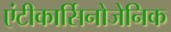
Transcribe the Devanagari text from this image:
एंटीकार्सिनोजेनिक